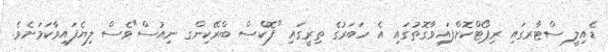
ޑެއިލީ ސްޓާރގައި ރިޕޯޓްކޮށްފައިވާގޮތުގައި އެ ހަބަރުގެ ތިރީގައި "ފޮކްސް ބްރޭކިންގ ނިއުސް"ވެސް ލިޔެފައިވާކަމަށެވެ.